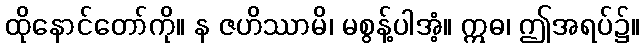
ထိုနောင်တော်ကို။ န ဇဟိဿာမိ၊ မစွန့်ပါအံ့။ ဣဓ၊ ဤအရပ်၌။